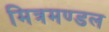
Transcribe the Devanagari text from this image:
मित्रमण्डल